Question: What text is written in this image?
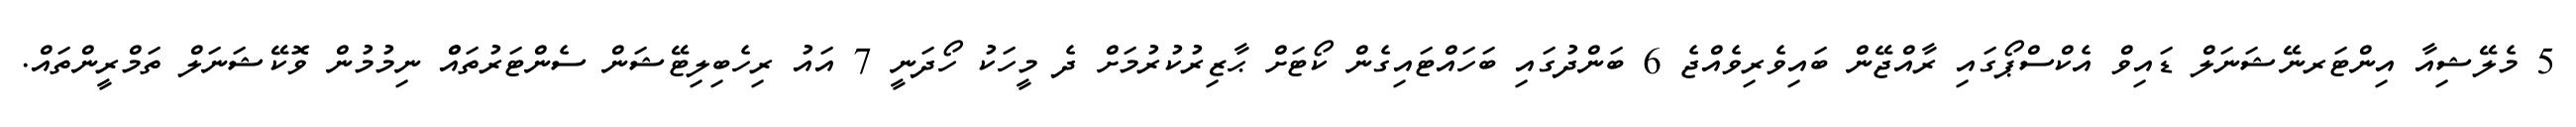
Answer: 5 މެލޭޝިއާ އިންޓަރނޭޝަނަލް ޑައިވް އެކްސްޕޯގައި ރާއްޖޭން ބައިވެރިވެއްޖެ 6 ބަންދުގައި ބަހައްޓައިގެން ކޯޓަށް ޙާޒިރުކުރުމަށް ދެ މީހަކު ހޯދަނީ 7 އައު ރިހެބިލިޓޭޝަން ސެންޓަރުތައްް ނިމުމުން ވޮކޭޝަނަލް ތަމްރީންތައް.